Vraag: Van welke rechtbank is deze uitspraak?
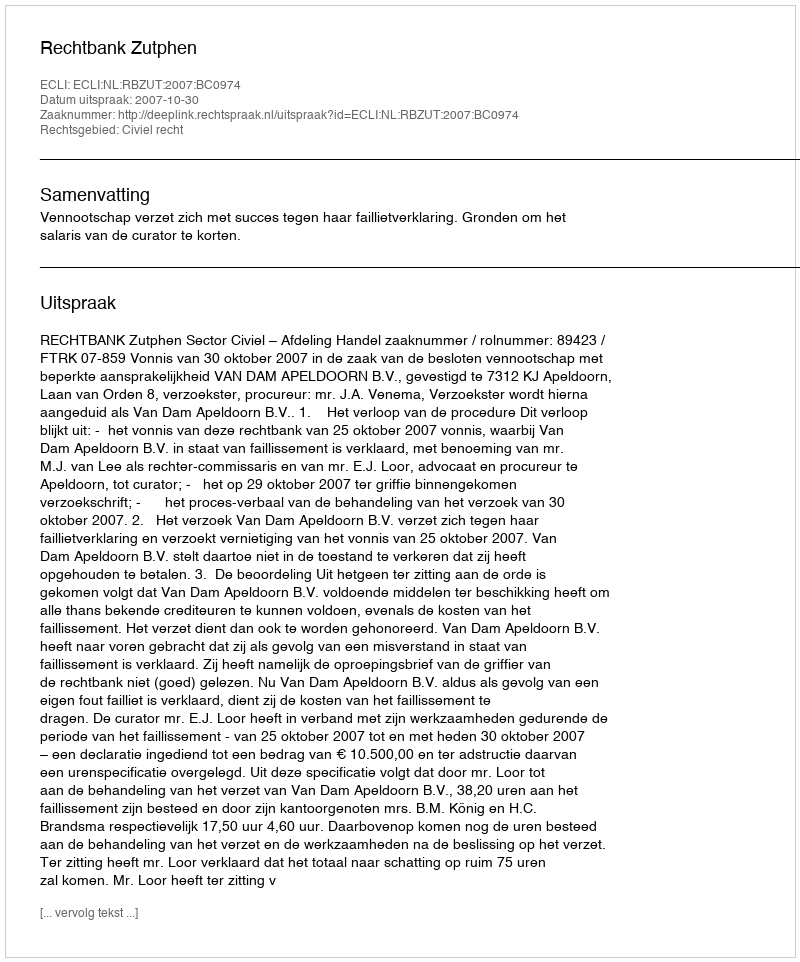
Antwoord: Rechtbank Zutphen